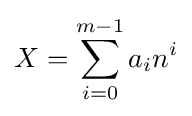
X=\sum _{i=0}^{m-1}a_{i}n^{i}